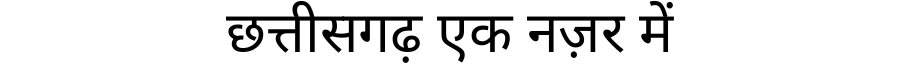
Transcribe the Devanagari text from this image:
छत्तीसगढ़ एक नज़र में